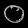
Digit: ၀